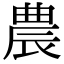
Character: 農